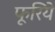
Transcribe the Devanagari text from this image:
फूरिये